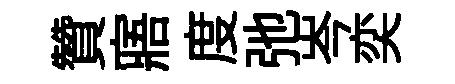
贊寤度弛岑奕